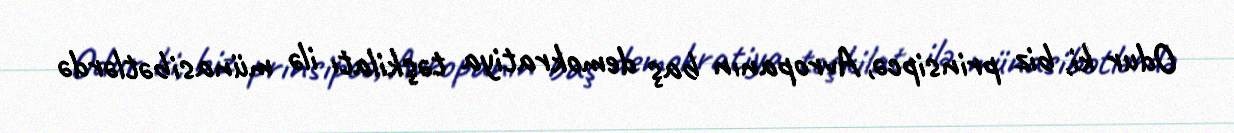
Odur ki, biz prinsipcə, Avropanın baş demokratiya təşkilatı ilə münasibətlərdə